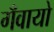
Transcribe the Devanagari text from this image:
गँवायो